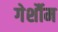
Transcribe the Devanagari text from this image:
गेर्शौम